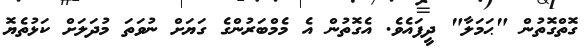
ގޮތްގޮތުން "ޙަމަލާ" ދީފައެވެ. އެގޮތުން އެ މެމްބަރުންގެ ގަޔަށް ނުވަތަ މުދަލަށް ކަޅުތެޔޮ